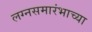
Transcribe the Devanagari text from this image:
लग्नसमारंभाच्या